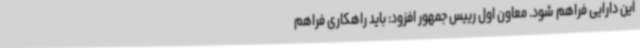
این دارایی فراهم شود. معاون اول رییس جمهور افزود: باید راهکاری فراهم